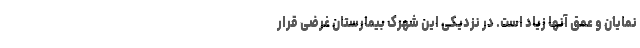
نمایان و عمق آنها زیاد است. در نزدیکی این شهرک بیمارستان غرضی قرار